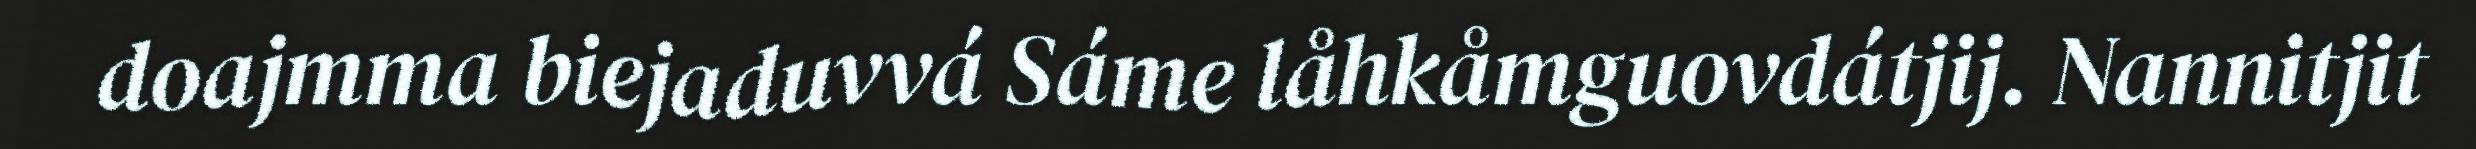
doajmma biejaduvvá Sáme låhkåmguovdátjij. Nannitjit